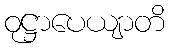
ဝုဋ္ဌာပေယျာတိ